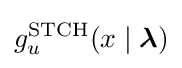
g_{u}^{\mathrm {STCH} }(x\mid {\boldsymbol {\lambda }})